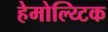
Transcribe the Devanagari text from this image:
हेमोल्य्टिक